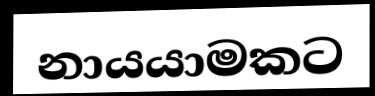
නායයාමකට